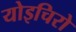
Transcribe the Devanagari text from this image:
योइचिरो